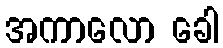
အကာလော ခေါ